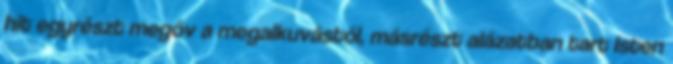
hit egyrészt megóv a megalkuvástól, másrészt alázatban tart Isten